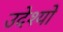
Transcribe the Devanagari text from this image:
उदेश्यो